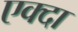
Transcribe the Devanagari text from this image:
एक्दा